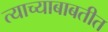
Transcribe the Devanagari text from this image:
त्याच्याबाबतीत